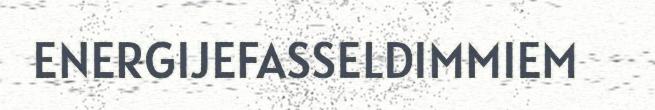
ENERGIJEFASSELDIMMIEM